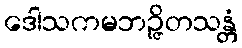
ဒေါသကမဘဉ္ဇိတသန္တံ